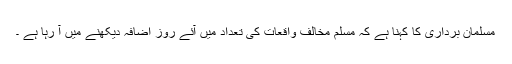
مسلمان برداری کا کہنا ہے کہ مسلم مخالف واقعات کی تعداد میں آئے روز اضافہ دیکھنے میں آ رہا ہے ۔